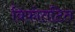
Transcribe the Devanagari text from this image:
विफोतटित